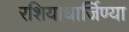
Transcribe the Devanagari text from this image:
रशियाधार्जिण्या